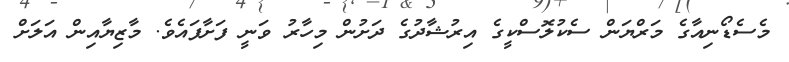
މެސެޑޯނިއާގެ މަރްޔަން ސެކުލޮސްކީގެ އިރުޝާދުގެ ދަށުން މިހާރު ވަނީ ފަށާފައެވެ. މާޒިޔާއިން އަލަށް